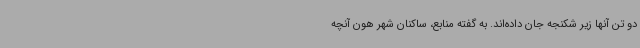
دو تن آنها زیر شکنجه جان داده‌اند. به گفته منابع، ساکنان شهر هون آنچه